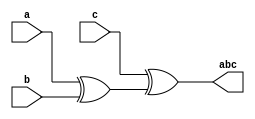
module xor3(input a, b, c, output abc);
wire ab;
xor g1(ab, a, b);
xor g2(abc, c, ab);
endmodule

module xor3test;
reg a, b, c;
wire abc;

xor3 g(a,b,c, abc);

initial
begin
  a = 0;
  b = 0;
  c = 0;
end

always #50 begin
  a = a+1;
  $monitor("%4dns monitor: a=%d b=%d c=%d a^b^c=%d", $stime, a, b, c, abc);
end

always #100 begin
  b = b+1;
end

always #200 begin
  c = c+1;
end

initial #2000 $finish;

endmodule